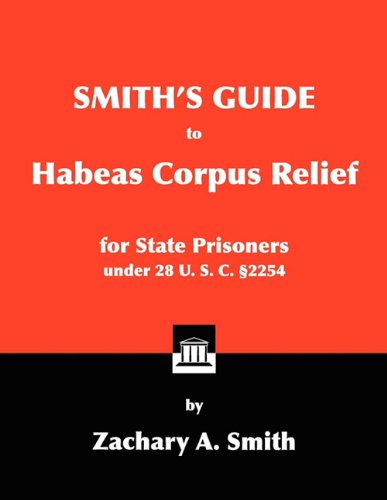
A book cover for Smith's Guide to Habeas Corpus Relief for State Prisoners Under 28 U. S. C. Â§2254; Zachary A. Smith; Law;